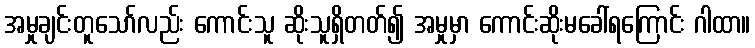
အမှုချင်းတူသော်လည်း ကောင်းသူ ဆိုးသူရှိတတ်၍ အမှုမှာ ကောင်းဆိုးမခေါ်ရကြောင်း ဂါထာ။